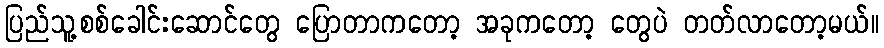
ပြည်သူ့စစ်ခေါင်းဆောင်တွေ ပြောတာကတော့ အခုကတော့ တွေပဲ တတ်လာတော့မယ်။